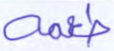
طعمه